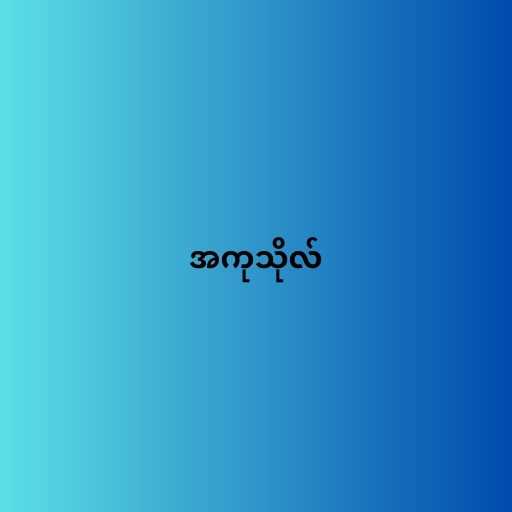
အကုသိုလ်